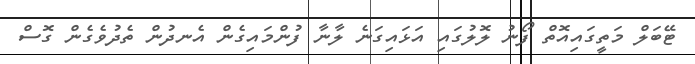
ޓޭބަލް މަތީގައިއޮތް ފޯނު ލޮލުގައި އަޅައިގަނެ ލާނާ ފުންމައިގެން އެނދުން ތެދުވެގެން ގޮސް